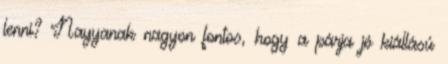
lenni? Nayyanak nagyon fontos, hogy a párja jó kiállású